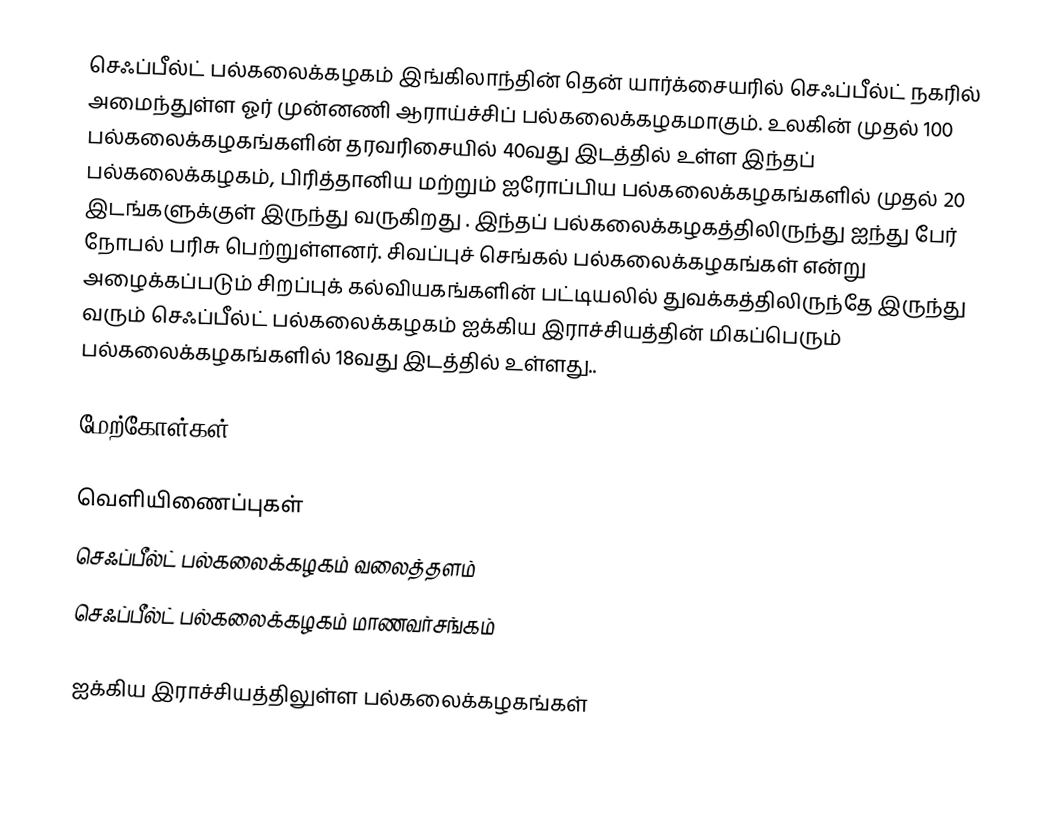
செஃப்பீல்ட் பல்கலைக்கழகம் இங்கிலாந்தின் தென் யார்க்சையரில் செஃப்பீல்ட் நகரில் அமைந்துள்ள ஓர் முன்னணி ஆராய்ச்சிப் பல்கலைக்கழகமாகும். உலகின் முதல் 100 பல்கலைக்கழகங்களின் தரவரிசையில் 40வது இடத்தில் உள்ள இந்தப் பல்கலைக்கழகம், பிரித்தானிய மற்றும் ஐரோப்பிய பல்கலைக்கழகங்களில் முதல் 20 இடங்களுக்குள் இருந்து வருகிறது . இந்தப் பல்கலைக்கழகத்திலிருந்து ஐந்து பேர் நோபல் பரிசு பெற்றுள்ளனர். சிவப்புச் செங்கல் பல்கலைக்கழகங்கள் என்று அழைக்கப்படும் சிறப்புக் கல்வியகங்களின் பட்டியலில் துவக்கத்திலிருந்தே இருந்து வரும் செஃப்பீல்ட் பல்கலைக்கழகம் ஐக்கிய இராச்சியத்தின் மிகப்பெரும் பல்கலைக்கழகங்களில் 18வது இடத்தில் உள்ளது..

மேற்கோள்கள்

வெளியிணைப்புகள்
 செஃப்பீல்ட் பல்கலைக்கழகம் வலைத்தளம்
 செஃப்பீல்ட் பல்கலைக்கழகம் மாணவர்சங்கம்

ஐக்கிய இராச்சியத்திலுள்ள பல்கலைக்கழகங்கள்